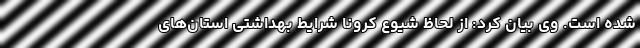
شده است. وی بیان کرد: از لحاظ شیوع کرونا شرایط بهداشتی استان‌های